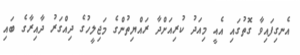
އެނގިފައިވާ ގޮތުގައި އެއީ މިއަދު ކުރިއަށްދާ ރައްޔިތުންގެ މަޖިލީހުގެ ދިއްގަރު ދާއިރާގެ ބައި